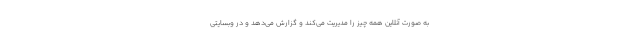
به صورت آنلاین همه چیز را مدیریت می‌کند و گزارش می‌دهد و در وبسایتی